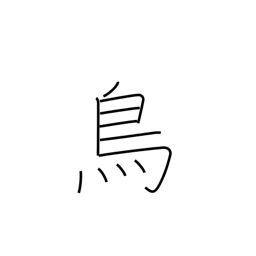
Meaning: chicken